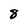
Character: 8